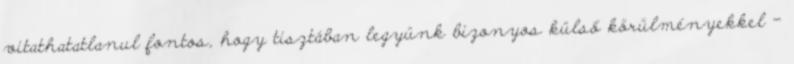
vitathatatlanul fontos, hogy tisztában legyünk bizonyos külső körülményekkel –